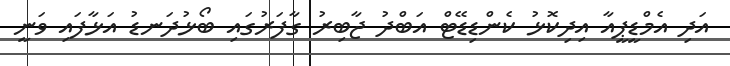
އަދި އެމްޑީޕީއާ އިދިކޮޅު ކެންޑިޑޭޓް އަބްދު ޖާބިރު ގާފަރުގައި ބޯޅުދަނޑު އަޅާފައި ވަނީ